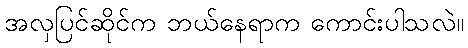
အလှပြင်ဆိုင်က ဘယ်နေရာက ကောင်းပါသလဲ။